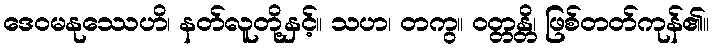
ဒေဝမနုဿေဟိ၊ နတ်လူတို့နှင့်။ သဟ၊ တကွ။ ဝတ္တန္တိ၊ ဖြစ်တတ်ကုန်၏။